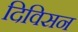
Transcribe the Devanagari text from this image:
दिविसन